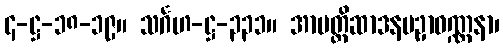
၄-ဋ္ဌ-၁၈-၁၉။ သင်္ဂဟ-ဋ္ဌ-၃၃၁။ အာပတ္တိဆာဒနပဥှာဝဏ္ဏနာ၊